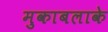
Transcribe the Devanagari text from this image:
मुकाबलाके